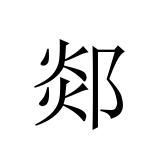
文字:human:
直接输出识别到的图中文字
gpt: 郯